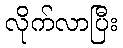
လိုက်လာပြီး